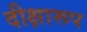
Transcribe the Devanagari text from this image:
दीक्षारूप